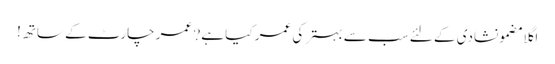
اگلا مضمونشادی کے لئے سب سے بہتر کی عمر کیا ہے? عمر چارٹ کے ساتھ!